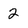
Character: 2